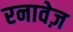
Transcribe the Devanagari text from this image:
रनावेज़